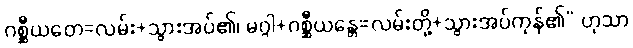
ဂစ္ဆီယတေ=လမ်း+သွားအပ်၏၊ မဂ္ဂါ+ဂစ္ဆီယန္တေ=လမ်းတို့+သွားအပ်ကုန်၏” ဟုသာ